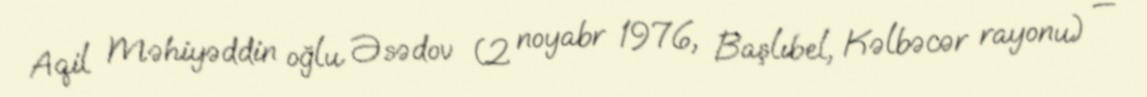
Aqil Məhiyəddin oğlu Əsədov (2 noyabr 1976, Başlıbel, Kəlbəcər rayonu) —